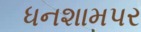
ધનશામપર